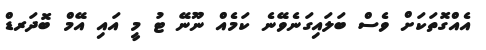
އެއްގޮތަަކަށް ވެސް ބަލައިގަނެވޭނެ ކަމެއް ނޫނޭ ޓު މީ އައި އޭމް ބޮދަރޑް